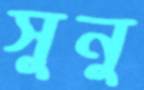
সুনু